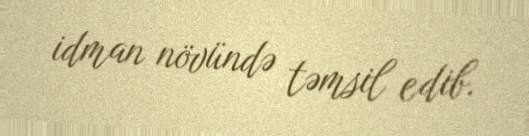
idman növündə təmsil edib.